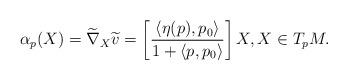
LaTeX: \begin{align*}\alpha_p(X) = \widetilde{\nabla}_X \widetilde{v} = \left[ \frac{\langle \eta(p), p_0 \rangle}{1 + \langle p, p_0 \rangle} \right] X, X \in T_p M.\end{align*}